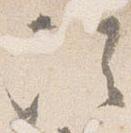
次